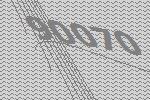
90070